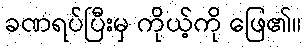
ခဏရပ်ပြီးမှ ကိုယ့်ကို ဖြေ၏။